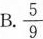
B.\frac{5}{9}